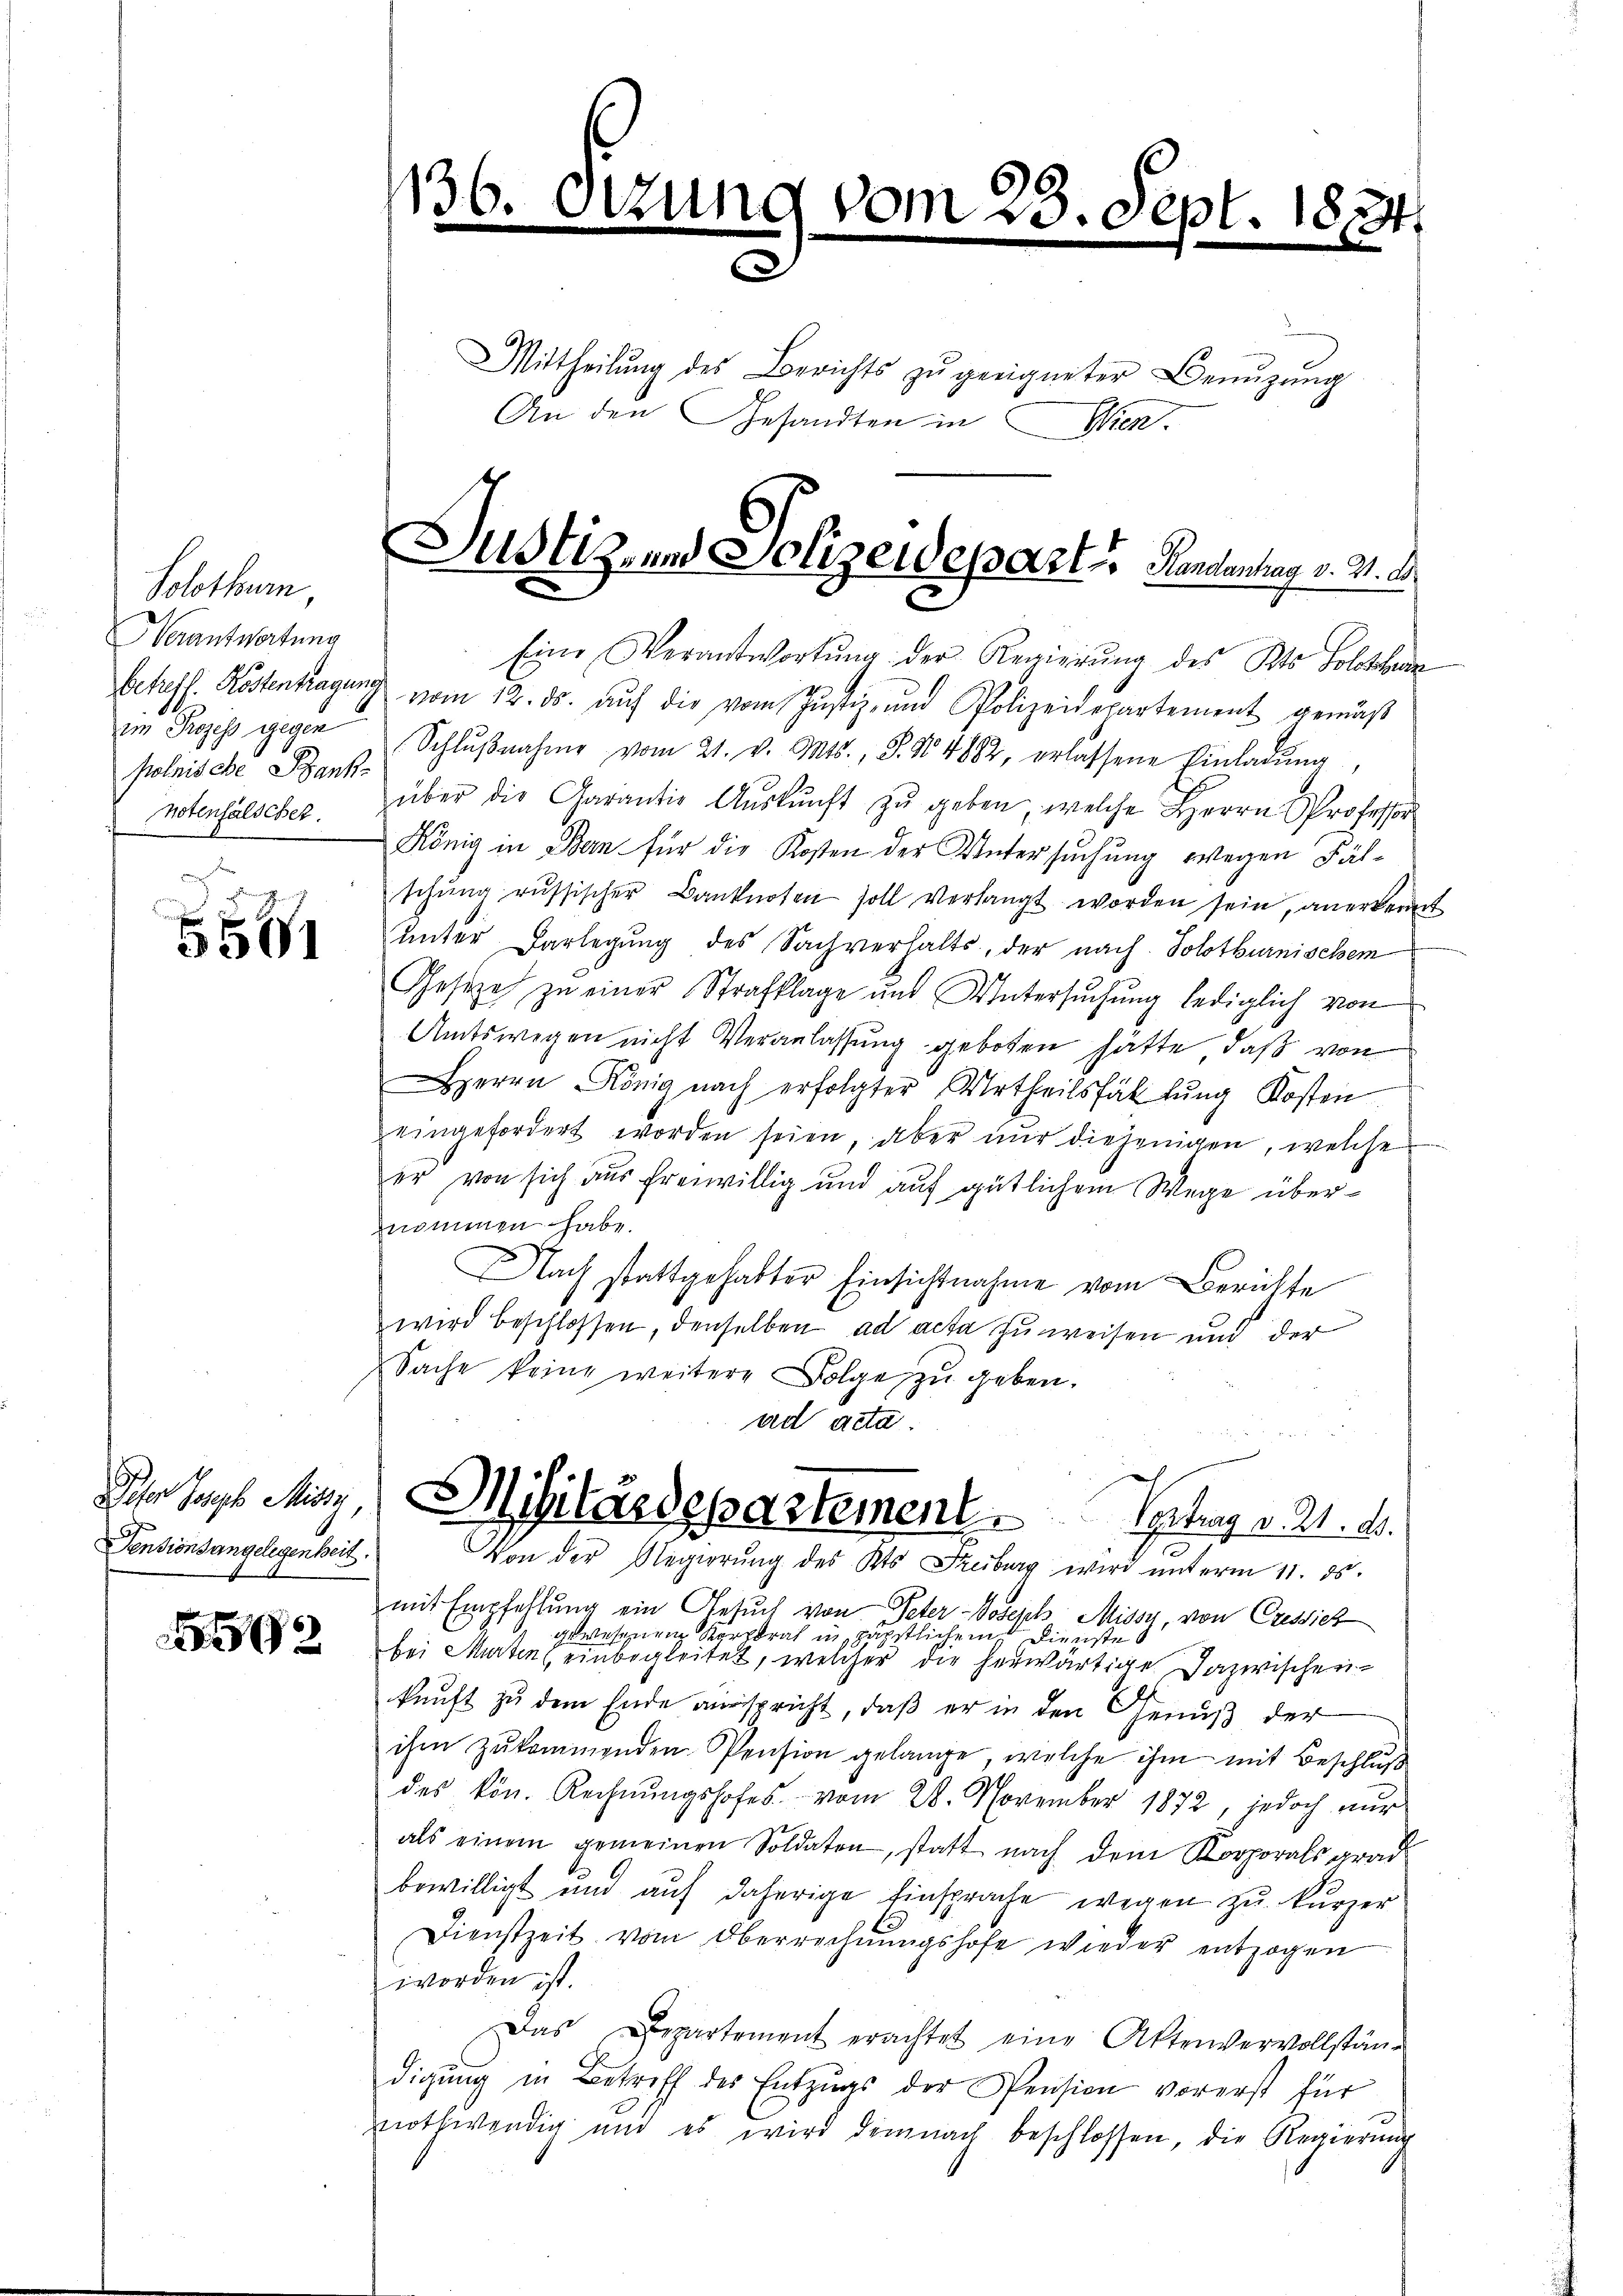
Solothurn,
Verantwortung
im Prozess gegen
polnische Bank

s

Peter Joseph Misty,
Pensionsangelegenheit

2

136.

Mittheilŭng des Berichts zŭ geeigneter Benŭtzŭng
An den Gesandten in Wien.

Eine Verantwortŭng der Regierŭng des Kts. Solothu
betreff. Röstentragung vom 12. ds. aŭf die vom Justiz- und Polizeidepartement gemäß
Schlŭβnahme vom 21. v. Mts., S. No. 4882, erlassene Einladŭng,
notenfälscher. über die Garantie Aŭskŭnft zŭ geben, welche Herrn Professor
König in Bern für die Kosten der Untersuchung wegen Fälschŭng russischer Banknoten soll verlangt worden sein, anerkennt
ŭnter Darlegŭng des Sachverhalts, der nach Solothurnischem
Gesetze zŭ einer Strafklage und Untersŭchŭng lediglich von
Amtswegen nicht Veranlassung geboten hätte, daß von
errn König nach erfolgter Urtheilsfällŭng Kosten
eingefordert worden seien, aber nur diejenigen, welche
er von sich aus freiwillig und auf gütlichem Wege übernommen habe.
Nach stattgehabter Einsichtnahme vom Berichte
wird beschlossen, denselben ad acta zu weisen und der
Sache keine weitere Folge zu geben.
ad acta.
Militärdepartement Vertrag v. 21. d.
Von der Regierŭng des Kts. Freiburg wird unterm 11. ds.
mit Empfehlung ein Gesuch von Peter-Voseich Misse, von Cressieh
gewesenen Korporat päpstlichem Dienstes
bei Marten einbegleitet, welcher die herwärtige Dazwischenkunft zu dem Ende ausspricht, daß er in den Genuß der
ihm zukommenden Pension gelange, welche ihm mit Beschluß
des kön. Rechnŭngshofes vom 28. November 1872, jedoch nur
als einem gemeinen Soldaten, statt nach dem Korporals grad
bewilligt und auf daherige Einsprache wegen zu kurzer
Dienstzeit vom Oberrechnŭngshofe wieder entzogen
worden ist.
Das Departement erachtet eine Aktenvervollstän-
digung in Betreff des Entzugs der Pension vorerst für
nothwendig und es wird demnach beschlossen, die Regierŭng

zune

(vom 23. Sept. 1874

Justiz- und Polizeidepart. Handentrag v. M. D.